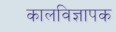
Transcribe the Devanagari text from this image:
कालविज्ञापक